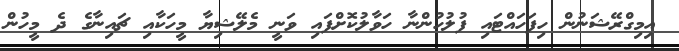
އިމިގްރޭޝަނުން ހިފަހައްޓައި ފުލުހުންނާ ހަވާލުކޮށްފައި ވަނީ މެލޭޝިޔާ މީހަކާއި ޗައިނާގެ ދެ މީހުން